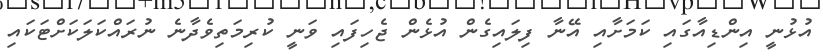
އުޅުނީ އިންޑިއާގައި ކަމަށާއި އޭނާ ފިލައިގެން އުޅެން ޖެހިފައި ވަނީ ކުރިމަތިވެދާނެ ނުރައްކަލަކަށްޓަކައި